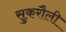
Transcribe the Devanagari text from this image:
सुकरौली